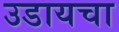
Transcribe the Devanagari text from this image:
उडायचा